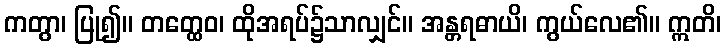
ကတွာ၊ ပြု၍။ တတ္ထေဝ၊ ထိုအရပ်၌သာလျှင်။ အန္တရဓာယိ၊ ကွယ်လေ၏။ ဣတိ၊